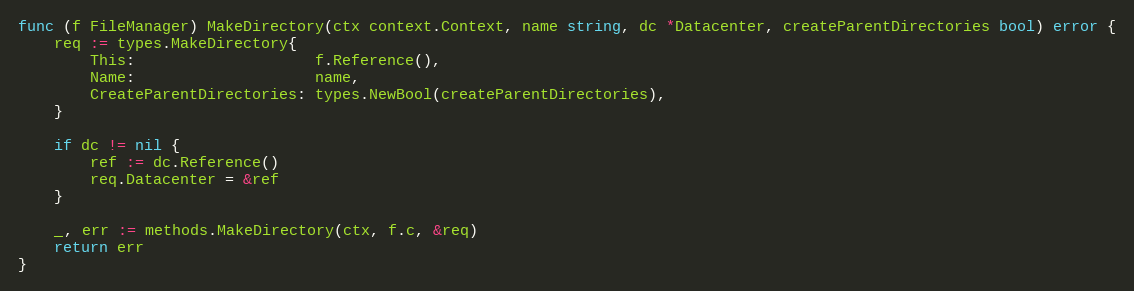
Language: Go
func (f FileManager) MakeDirectory(ctx context.Context, name string, dc *Datacenter, createParentDirectories bool) error {
	req := types.MakeDirectory{
		This:                    f.Reference(),
		Name:                    name,
		CreateParentDirectories: types.NewBool(createParentDirectories),
	}

	if dc != nil {
		ref := dc.Reference()
		req.Datacenter = &ref
	}

	_, err := methods.MakeDirectory(ctx, f.c, &req)
	return err
}